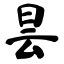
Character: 昙